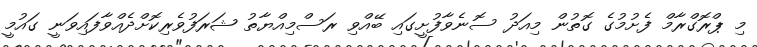
މި ޕްރޮގްރާމް ފެށުމުގެ ގޮތުން މިއަދު ސޮނެވާފުށީގައި ބޭއްވި ރަސްމިއްޔާތު ޝަރަފުވެރިކޮށްދެއްވާފައިވަނީ ގައުމީ